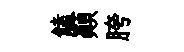
饁顛胯